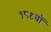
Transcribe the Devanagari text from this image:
१८९वॉ